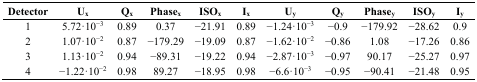
<table><thead><tr><td><b>Detector</b></td><td><b>U<sub>x</sub></b></td><td><b>Q<sub>x</sub></b></td><td><b>Phase<sub>x</sub></b></td><td><b>ISO<sub>x</sub></b></td><td><b>I<sub>x</sub></b></td><td><b>U<sub>y</sub></b></td><td><b>Q<sub>y</sub></b></td><td><b>Phase<sub>y</sub></b></td><td><b>ISO<sub>y</sub></b></td><td><b>I<sub>y</sub></b></td></tr></thead><tbody><tr><td>1</td><td>5.72·10<sup>−</sup><sup>3</sup></td><td>0.89</td><td>0.37</td><td>−21.91</td><td>0.89</td><td>−1.24·10<sup>−3</sup></td><td>−0.9</td><td>−179.92</td><td>−28.62</td><td>0.9</td></tr><tr><td>2</td><td>1.07·10<sup>−</sup><sup>2</sup></td><td>0.87</td><td>−179.29</td><td>−19.09</td><td>0.87</td><td>−1.62·10<sup>−2</sup></td><td>−0.86</td><td>1.08</td><td>−17.26</td><td>0.86</td></tr><tr><td>3</td><td>1.13·10<sup>−</sup><sup>2</sup></td><td>0.94</td><td>−89.31</td><td>−19.22</td><td>0.94</td><td>−2.87·10<sup>−3</sup></td><td>−0.97</td><td>90.17</td><td>−25.27</td><td>0.97</td></tr><tr><td>4</td><td>−1.22·10<sup>−</sup><sup>2</sup></td><td>0.98</td><td>89.27</td><td>−18.95</td><td>0.98</td><td>−6.6·10<sup>−3</sup></td><td>−0.95</td><td>−90.41</td><td>−21.48</td><td>0.95</td></tr></tbody></table>